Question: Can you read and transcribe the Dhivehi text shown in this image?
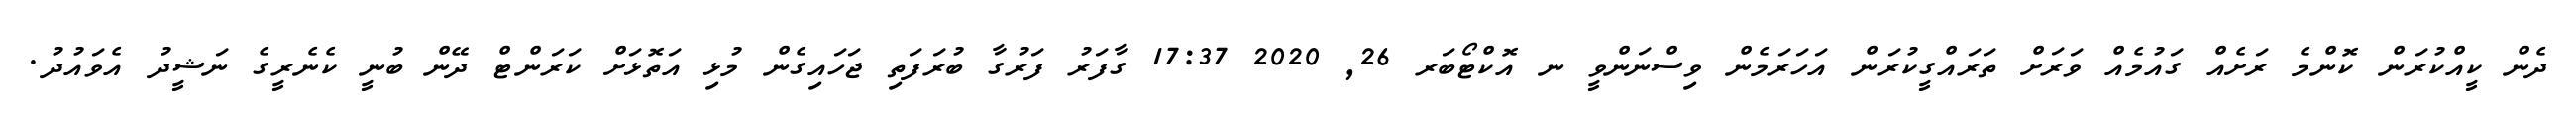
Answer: ދެން ކީއްކުރަން ކޮންމެ ރަށެއް ގައުމެއް ވަރަށް ތަރައްގީކުރަން އަހަރަމެން ވިސްނަންވީ ނ އޮކްޓޯބަރ 26, 2020 17:37 ގާފަރު ފަރުގާ ބުރަފަތި ޖަހައިގެން މުޅި އަތޮޅަށް ކަރަންޓް ދޭން ބުނީ ކެނެރީގެ ނަޝީދު އެވައުދު.